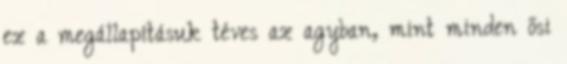
ez a megállapításuk téves az agyban, mint minden ősi